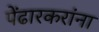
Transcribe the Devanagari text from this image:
पेंढारकरांना